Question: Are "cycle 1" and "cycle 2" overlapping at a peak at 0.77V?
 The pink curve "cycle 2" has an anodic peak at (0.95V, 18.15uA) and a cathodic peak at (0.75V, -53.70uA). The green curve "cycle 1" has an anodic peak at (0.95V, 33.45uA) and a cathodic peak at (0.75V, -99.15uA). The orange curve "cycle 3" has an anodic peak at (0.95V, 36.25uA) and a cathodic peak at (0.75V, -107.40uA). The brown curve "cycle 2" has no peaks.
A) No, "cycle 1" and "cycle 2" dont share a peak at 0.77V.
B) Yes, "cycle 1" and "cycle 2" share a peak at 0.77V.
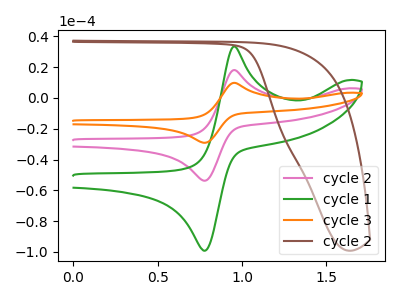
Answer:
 <answer>B) Yes, "cycle 1" and "cycle 2" share a peak at 0.77V.</answer>
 <eval>B</eval>